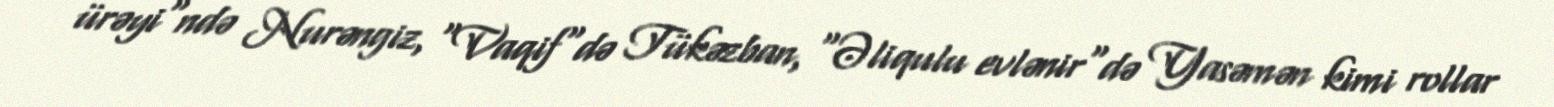
ürəyi"ndə Nurəngiz, "Vaqif"də Tükəzban, "Əliqulu evlənir"də Yasəmən kimi rollar